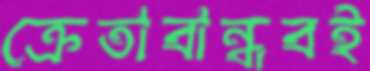
ক্রেতাবান্ধবই